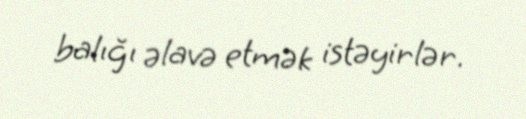
balığı əlavə etmək istəyirlər.